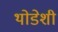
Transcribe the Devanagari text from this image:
थोडेशी